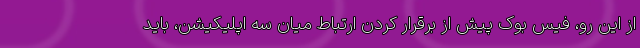
از این رو، فیس بوک پیش از برقرار کردن ارتباط میان سه اپلیکیشن، باید